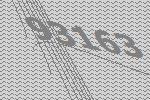
93163